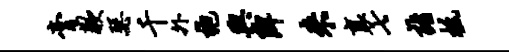
膏歉瑟千外袍舆陴来襄七诣柢